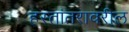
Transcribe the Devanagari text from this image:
हस्तांतरावरील